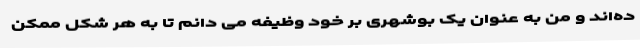
ده‌اند و من به عنوان یک بوشهری بر خود وظیفه می دانم تا به هر شکل ممکن